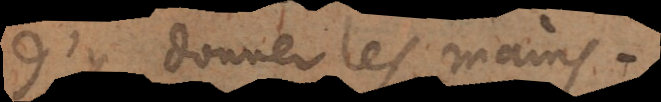
d’y donner les mains.